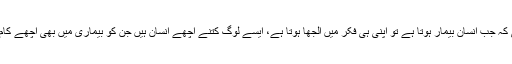
تو میں اس سوچ میں پڑ گئی کہ جب انسان بیمار ہوتا ہے تو اپنی ہی فکر میں الجھا ہوتا ہے، ایسے لوگ کتنے اچھے انسان ہیں جن کو بیماری میں بھی اچھے کام اور نیکی کرنا یاد رہتا ہے۔